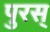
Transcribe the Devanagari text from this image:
पुरस्